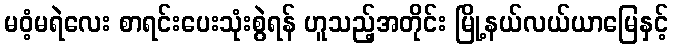
မဝံ့မရဲလေး စာရင်းပေးသုံးစွဲရန် ဟူသည့်အတိုင်း မြို့နယ်လယ်ယာမြေနှင့်